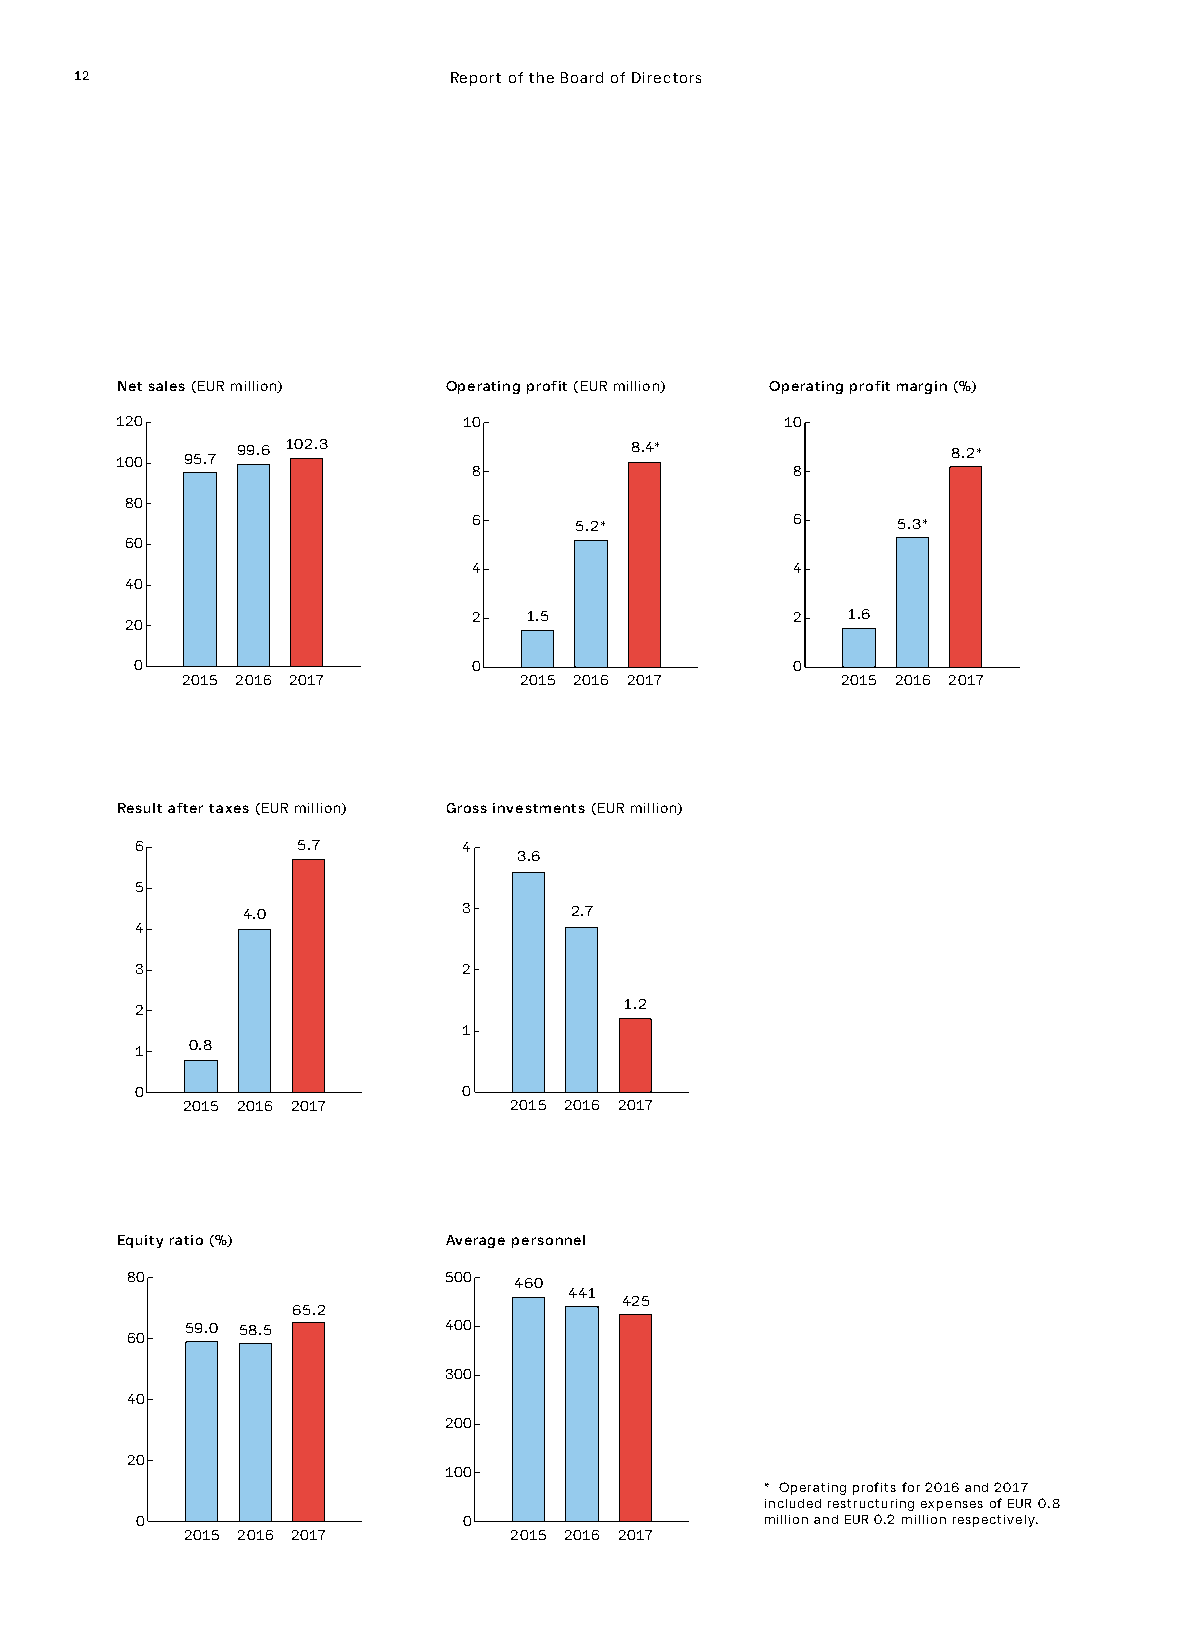
12                       Report of the Board of Directors
 Net sales (EUR million) Operating profit (EUR million) Operating profit margin (%)
 120                    10                   10
 99.6 102.3                8.4*                 8.2*
 100 95.7
 8                    8
 80
 6      5.2*          6      5.3*
 60
 4                    4
 40
 2   1.5              2   1.6
 20
 0                     0                    0
 2015 2016 2017        2015 2016 2017        2015 2016 2017
 Result after taxes (EUR million) Gross investments (EUR million)
 6          5.7        4
 3.6
 5
 4.0            3      2.7
 4
 3                     2
 2                               1.2
 1
 1  0.8
 0                     0
 2015 2016 2017        2015 2016 2017
 Equity ratio (%)     Average personnel
 80                   500  460
 441
 425
 65.2
 59.0 58.5        400
 60
 300
 40
 200
 20
 100
 * Operating profits for 2016 and 2017
 included restructuring expenses of EUR 0.8
 0                     0                   million and EUR 0.2 million respectively.
 2015 2016 2017        2015 2016 2017